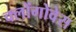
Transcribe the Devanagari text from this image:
क्लोंगोवेस